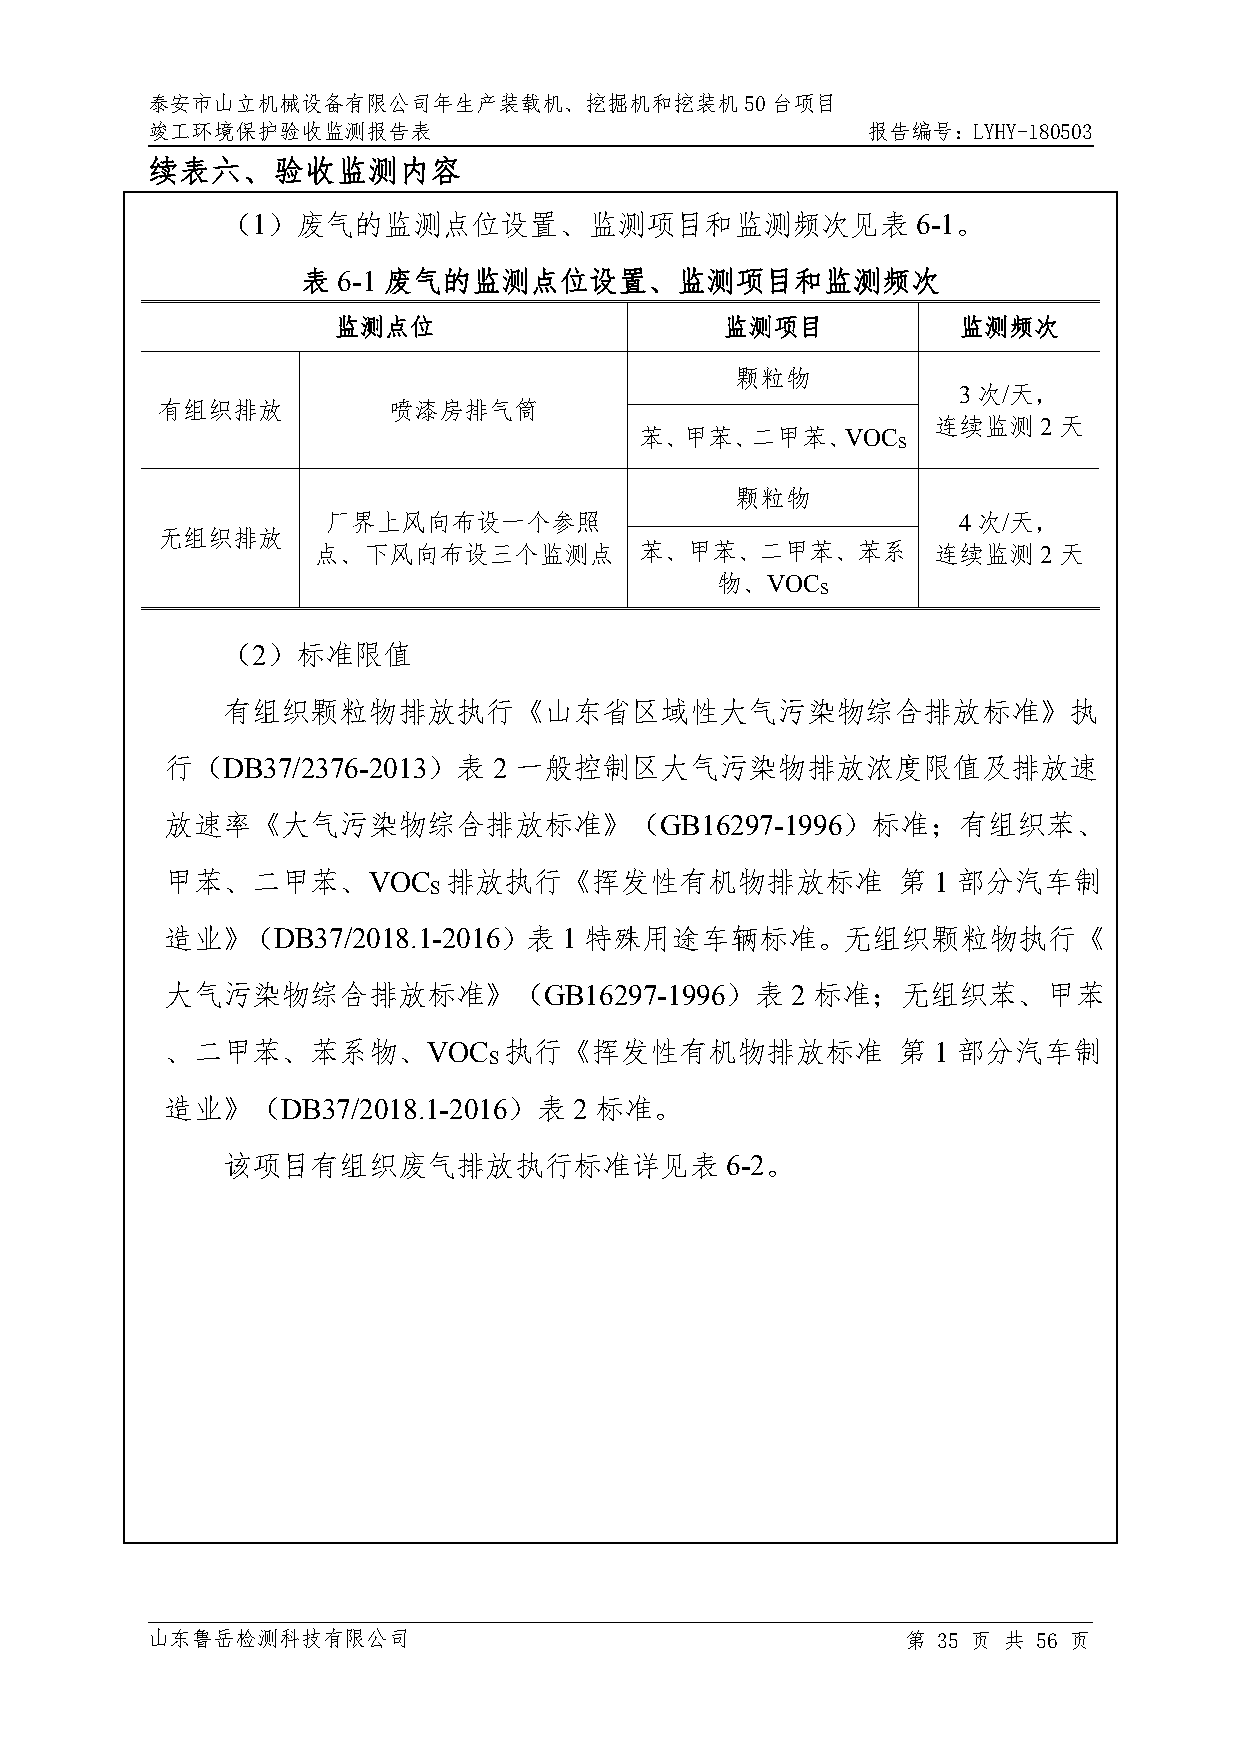
泰安市山立机械设备有限公司年生产装载机、挖掘机和挖装机50台项目
 竣工环境保护验收监测报告表                                  报告编号：LYHY-180503
 续表六、验收监测内容
 （1）废气的监测点位设置、监测项目和监测频次见表                      6-1。
 表 6-1 废气的监测点位设置、监测项目和监测频次
 监测点位                      监测项目           监测频次
 颗粒物
 3次/天，
 有组织排放           喷漆房排气筒
 连续监测2天
 苯、甲苯、二甲苯、VOC
 S
 颗粒物
 厂界上风向布设一个参照                              4次/天，
 无组织排放
 点、下风向布设三个监测点         苯、甲苯、二甲苯、苯系         连续监测2天
 物、VOC
 S
 （2）标准限值
 有组织颗粒物排放执行《山东省区域性大气污染物综合排放标准》执
 行（DB37/2376-2013）表    2 一般控制区大气污染物排放浓度限值及排放速
 放速率《大气污染物综合排放标准》（GB16297-1996）标准；有组织苯、
 甲苯、二甲苯、VOC        排放执行《挥发性有机物排放标准               第  1 部分汽车制
 S
 造业》（DB37/2018.1-2016）表    1 特殊用途车辆标准。无组织颗粒物执行《
 大气污染物综合排放标准》（GB16297-1996）表              2 标准；无组织苯、甲苯
 、二甲苯、苯系物、VOC          执行《挥发性有机物排放标准             第  1 部分汽车制
 S
 造业》（DB37/2018.1-2016）表     2 标准。
 该项目有组织废气排放执行标准详见表                6-2。
 山东鲁岳检测科技有限公司                                      第 35 页 共 56 页